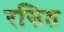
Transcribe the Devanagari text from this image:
रसित